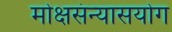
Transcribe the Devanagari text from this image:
मोक्षसंन्यासयोग